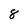
Character: 8